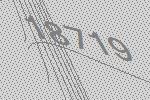
18719